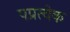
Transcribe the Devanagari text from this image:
पप्रत्येक